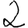
Digit: 2